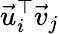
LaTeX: \vec{u}_{i}^{\top}\vec{v}_{j}